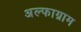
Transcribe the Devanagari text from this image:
अल्फाग्राम